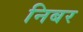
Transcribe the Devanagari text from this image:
निबर